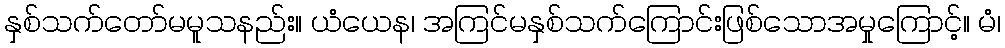
နှစ်သက်တော်မမူသနည်း။ ယံယေန၊ အကြင်မနှစ်သက်ကြောင်းဖြစ်သောအမှုကြောင့်။ မံ၊